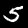
Digit: 5